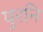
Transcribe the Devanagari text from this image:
पुरनि